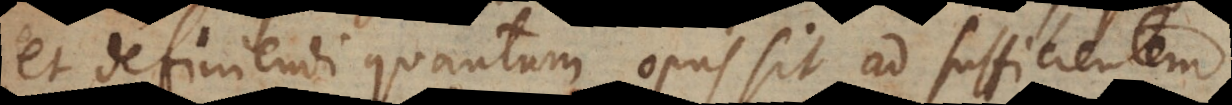
et definiendi quantum opus sit ad sufficientem